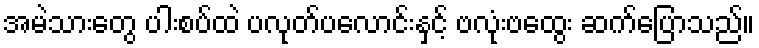
အမဲသားတွေ ပါးစပ်ထဲ ပလုတ်ပလောင်းနှင့် ဗလုံးဗထွေး ဆက်ပြောသည်။